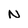
Character: N